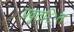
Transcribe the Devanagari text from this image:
प्रवृत्ित